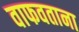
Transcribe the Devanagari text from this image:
वाफवताना